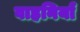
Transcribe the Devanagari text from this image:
वाहनियाँ